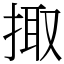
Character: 掫